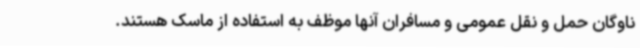
ناوگان حمل و نقل عمومی و مسافران آنها موظف به استفاده از ماسک هستند.